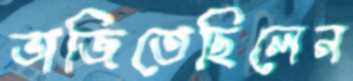
ভাজিতেছিলেন